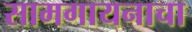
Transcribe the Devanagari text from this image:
सामगायनाचा